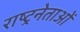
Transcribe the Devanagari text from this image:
राष्ट्रनेताओं